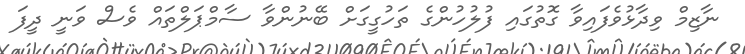
ނާޒިމް ވިދާޅުވެފައިވާ ގޮތުގައި ފުލުހުންގެ ތަހުގީގަށް ބޭނުންވާ ސާމްޕަލްތައް ވެސް ވަނީ ދީފަ